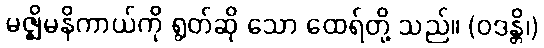
မဇ္ဈိမနိကာယ်ကို ရွတ်ဆို သော ထေရ်တို့ သည်။ (ဝဒန္တိ၊)